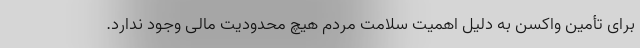
برای تأمین واکسن به دلیل اهمیت سلامت مردم هیچ محدودیت مالی وجود ندارد.